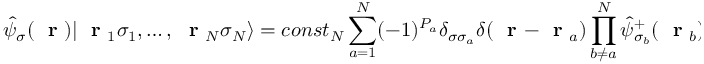
\hat { \psi } _ { \sigma } ( \mathrm { ~ \bf ~ r ~ } ) | \mathrm { ~ \bf ~ r ~ } _ { 1 } \sigma _ { 1 } , \dots , \mathrm { ~ \bf ~ r ~ } _ { N } \sigma _ { N } \rangle = c o n s t _ { N } \sum _ { a = 1 } ^ { N } ( - 1 ) ^ { P _ { a } } \delta _ { \sigma \sigma _ { a } } \delta ( \mathrm { ~ \bf ~ r ~ } - \mathrm { ~ \bf ~ r ~ } _ { a } ) \prod _ { b \ne a } ^ { N } \hat { \psi } _ { \sigma _ { b } } ^ { + } ( \mathrm { ~ \bf ~ r ~ } _ { b } ) | 0 \rangle